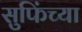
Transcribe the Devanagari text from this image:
सुफिंच्या